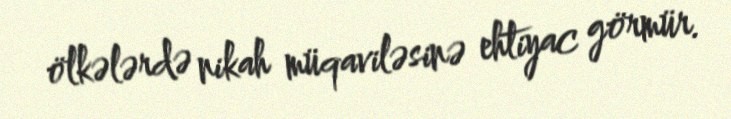
ölkələrdə nikah müqaviləsinə ehtiyac görmür.